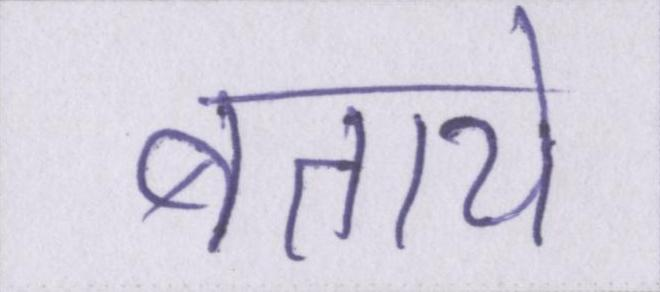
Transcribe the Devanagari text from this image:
बताये